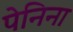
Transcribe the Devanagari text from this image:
पेनिना